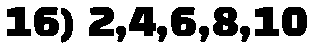
16) 2,4,6,8,10